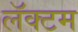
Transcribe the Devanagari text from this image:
लॅक्टम